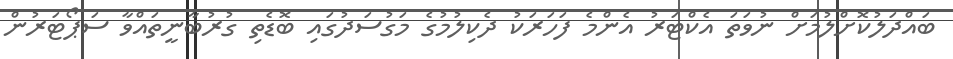
ބައްދަލުކޮށްލުމަށް ނުވަތަ އެކްޓަރު އެންމެ ފަހަރަކު ދެކިލުމުގެ މަގުސަދުގައި ބޮޑެތި ގުރުބާނީތައްވާ ސަޕޯޓަރުން